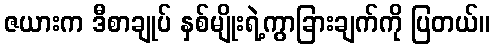
ဇယားက ဒီစာချုပ် နှစ်မျိုးရဲ့ကွာခြားချက်ကို ပြတယ်။